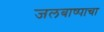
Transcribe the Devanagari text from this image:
जलबाष्पाचा